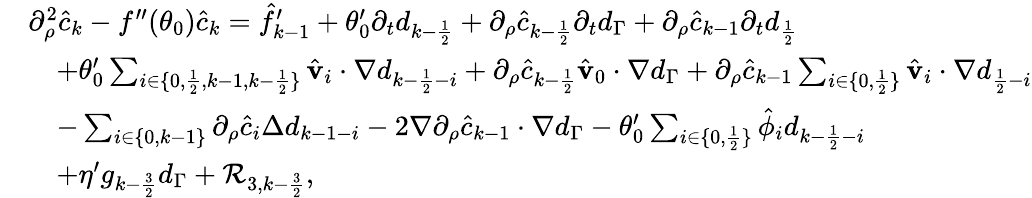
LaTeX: \begin{array}{rl}&{\partial_{\rho}^{2}\hat{c}_{k}-f^{\prime\prime}(\theta_{0})\hat{c}_{k}=\hat{f}_{k-1}^{\prime}+\theta_{0}^{\prime}\partial_{t}d_{k-\frac{1}{2}}+\partial_{\rho}\hat{c}_{k-\frac{1}{2}}\partial_{t}d_{\Gamma}+\partial_{\rho}\hat{c}_{k-1}\partial_{t}d_{\frac{1}{2}}}\\ &{\quad+\theta_{0}^{\prime}\sum_{i\in\{ 0,\frac{1}{2},k-1,k-\frac{1}{2}\} }\hat{\mathbf{v}}_{i}\cdot\nabla d_{k-\frac{1}{2}-i}+\partial_{\rho}\hat{c}_{k-\frac{1}{2}}\hat{\mathbf{v}}_{0}\cdot\nabla d_{\Gamma}+\partial_{\rho}\hat{c}_{k-1}\sum_{i\in\{ 0,\frac 12\} }\hat{\mathbf{v}}_{i}\cdot\nabla d_{\frac{1}{2}-i}}\\ &{\quad-\sum_{i\in\{ 0,k-1\} }\partial_{\rho}\hat{c}_{i}\Delta d_{k-1-i}-2\nabla\partial_{\rho}\hat{c}_{k-1}\cdot\nabla d_{\Gamma}-\theta_{0}^{\prime}\sum_{i\in\{ 0,\frac 12\} }\hat{\phi}_{i}d_{k-\frac{1}{2}-i}}\\ &{\quad+\eta^{\prime}g_{k-\frac{3}{2}}d_{\Gamma}+\mathcal{R}_{3,k-\frac{3}{2}},}\end{array}